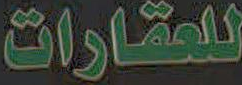
للعقارات